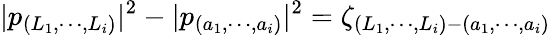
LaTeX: |p_{(L_{1},\cdots,L_{i})}|^{2}-|p_{(a_{1},\cdots,a_{i})}|^{2}=\zeta_{(L_{1},\cdots,L_{i})-(a_{1},\cdots,a_{i})}